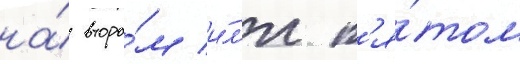
на́ второ́м и́л'и п'я́том